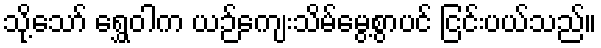
သို့သော် ရွှေဝါက ယဉ်ကျေးသိမ်မွေ့စွာပင် ငြင်းပယ်သည်။